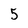
Character: 5